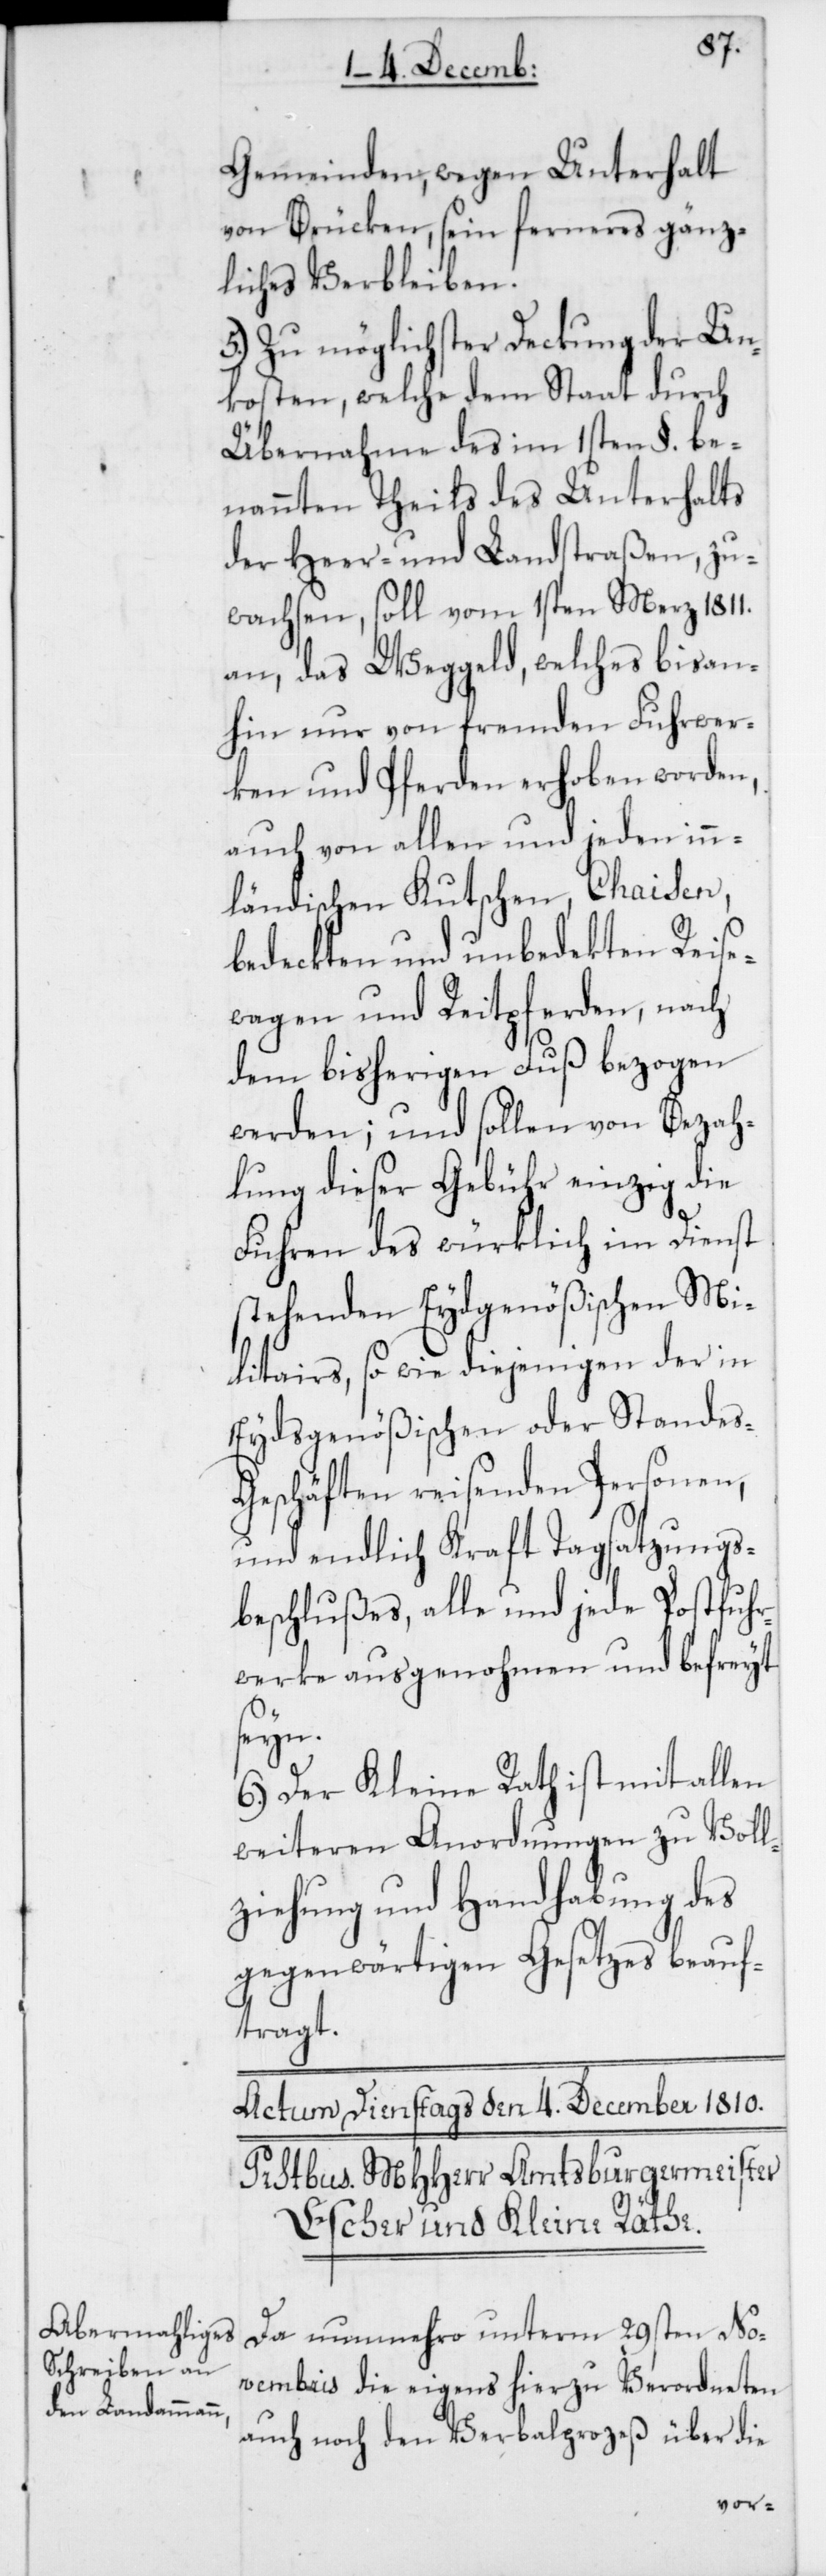
Gemeinden, wegen Unterhalt
von Brücken, sein ferneres gänz¬
liches Verbleiben.
5.) Zu möglichster Deckung der Un¬
kosten, welche dem Staat durch
Übernahme des im 1sten §. be¬
nannten Theils des Unterhalts
der Heer- und Landstraßen, zu¬
wachsen, soll vom 1sten März 1811.
an, das Weggeld, welches bis an¬
hin nur von fremden Fuhrwer¬
ken und Pferden erhoben worden,
auch von allen und jeden inn¬
ländischen Kutschen, Chaisen,
bedeckten und unbedekten Reise¬
wagen und Reitpferden, nach
dem bisherigen Fuß bezogen
werden; und sollen von Bezah¬
lung dieser Gebühr einzig die
Fuhren des würklich im Dienst
stehenden Eydsgenößischen Mi¬
litairs, sowie diejenigen der in
Eydsgenößischen oder Standes-G¬
eschäften reisenden Personen,
und endlich kraft Tagsatzungs¬
beschlußes, alle und jede Postfuhr¬
werke ausgenohmen und befreyt
seyn.
6.) Der Kleine Rath ist mit allen
weiteren Anordnungen zu Voll¬
ziehung und Handhabung des
gegenwärtigen Gesetzes beauf¬
tragt.
Da nunmehro unterm 29sten No¬
vembris die eigens hierzu Verordneten
auch noch den Verbalprozeß über die